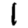
Digit: 1